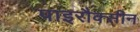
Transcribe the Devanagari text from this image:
पाइरौक्सीन